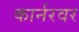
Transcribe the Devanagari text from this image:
कार्नरवर